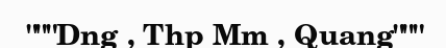
"""Dng , Thp Mm , Quang"""